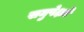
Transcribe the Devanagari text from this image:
समुपेक्षते